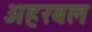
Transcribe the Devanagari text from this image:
अहरबल